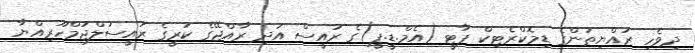
ދިވެހި ރައްޔިތުންގެ ޑިމޮކްރެޓިކް ޕާޓީ (އެމް.ޑީ.ޕީ)ގެ ރައީސް އަދި ރާއްޖޭގެ ކުރީގެ ރައީސުލްޖުމްހޫރިއްޔާ